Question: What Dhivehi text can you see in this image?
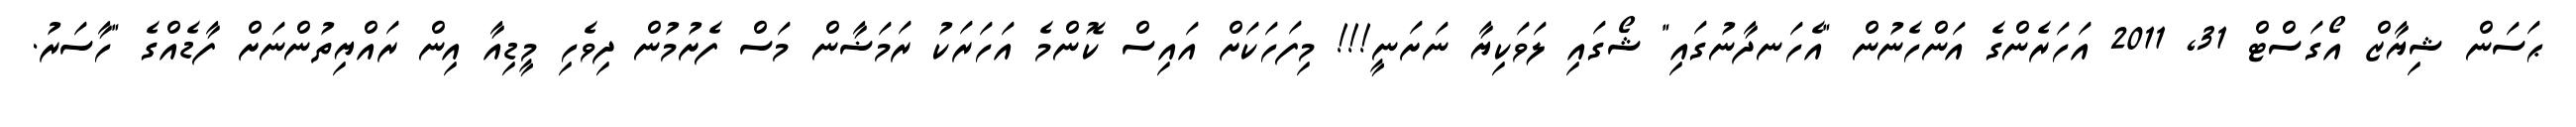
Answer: ޙަސަން ޝިޔާޒް އޯގަސްޓް 31, 2011 އަހަރެންގެ އަންހެނުން "އެހަނދާނުގައި" ޝޯގައި ލަވަކިޔާ ނަށަނީ!!! މިފަހަކަށް އައިސް ކޮންމެ އަހަރަކު ރަމަޟާން މަސް ފެށުމުން ދިވެހި މީޑިއާ އިން ރައްޔިތުންނަށް ފާޑެއްގެ "ހާސަރު.